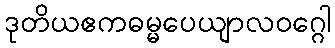
ဒုတိယဧကဓမ္မပေယျာလဝဂ္ဂေါ